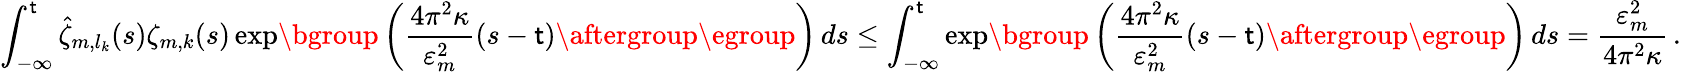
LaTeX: \int_{-\infty}^{\mathsf{t}}\hat{{\zeta}}_{m,l_{k}}(s)\zeta_{m,k}(s)\exp\mathopen{}\mathclose\bgroup\left(\frac{{4\pi^{2}\kappa}}{{\varepsilon_{m}^{2}}}(s-\mathsf{t})\aftergroup\egroup\right)\, ds\leq\int_{-\infty}^{\mathsf{t}}\exp\mathopen{}\mathclose\bgroup\left(\frac{{4\pi^{2}\kappa}}{{\varepsilon_{m}^{2}}}(s-\mathsf{t})\aftergroup\egroup\right)\, ds=\frac{{\varepsilon_{m}^{2}}}{{4\pi^{2}\kappa}}\, .